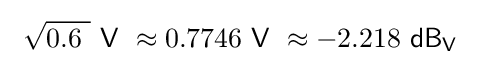
\ {\sqrt {0.6\ }}\ {\mathsf {V}}\ \approx 0.7746\ {\mathsf {V}}\ \approx -2.218\ {\mathsf {dB_{V}}}~